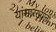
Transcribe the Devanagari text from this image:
यांसारख्यांनी